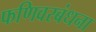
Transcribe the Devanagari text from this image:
फणिवरबंधना